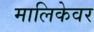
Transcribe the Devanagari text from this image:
मालिकेवर